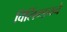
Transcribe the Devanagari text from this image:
विलिंग्डनने